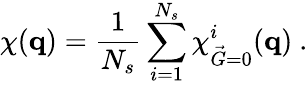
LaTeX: \chi(\mathbf{q})=\frac{1}{N_{s}}\sum_{i=1}^{N_{s}}\chi_{\vec{G}=0}^{i}(\mathbf{q})\ .